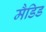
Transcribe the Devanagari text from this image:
मैडिड